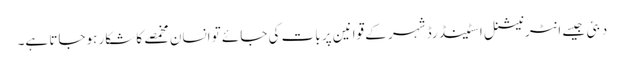
دبئی جیسے انٹرنیشنل اسٹینڈرڈ شہر کے قوانین پر بات کی جائے تو انسان مخمصے کا شکار ہوجاتا ہے۔